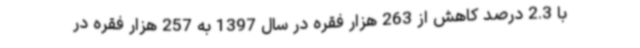
با 2.3 درصد کاهش از 263 هزار فقره در سال 1397 به 257 هزار فقره در